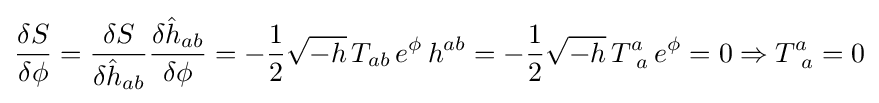
{\frac {\delta S}{\delta \phi }}={\frac {\delta S}{\delta {\hat {h}}_{ab}}}{\frac {\delta {\hat {h}}_{ab}}{\delta \phi }}=-{\frac {1}{2}}{\sqrt {-h}}\,T_{ab}\,e^{\phi }\,h^{ab}=-{\frac {1}{2}}{\sqrt {-h}}\,T_{\ a}^{a}\,e^{\phi }=0\Rightarrow T_{\ a}^{a}=0